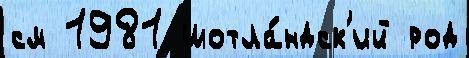
см 1981 шотла́ндск'ий род